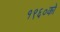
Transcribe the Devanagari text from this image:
१९६०को